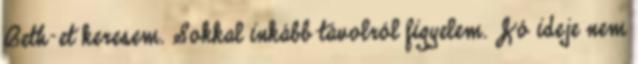
Beth-et keresem. Sokkal inkább távolról figyelem. Jó ideje nem